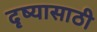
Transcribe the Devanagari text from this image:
दृष्यासाठी